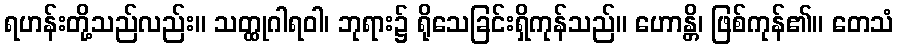
ရဟန်းတို့သည်လည်း။ သတ္ထုဂါရဝါ၊ ဘုရား၌ ရိုသေခြင်းရှိကုန်သည်။ ဟောန္တိ၊ ဖြစ်ကုန်၏။ တေသံ